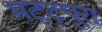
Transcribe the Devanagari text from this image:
भट्ट्पूरा